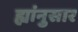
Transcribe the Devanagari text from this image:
ह्यांनुसार